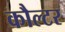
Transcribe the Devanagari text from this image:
कौल्टर